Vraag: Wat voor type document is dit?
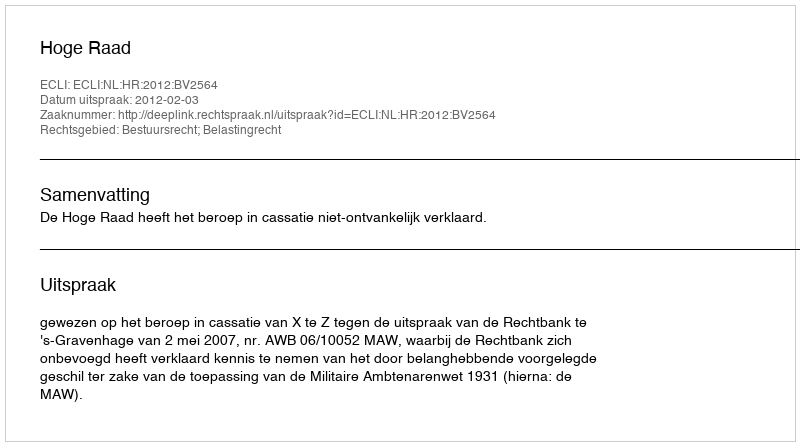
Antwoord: Uitspraak